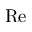
\mathrm { R e }